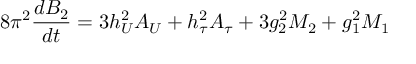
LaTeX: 8 \pi ^ { 2 } \frac { d B _ { 2 } } { d t } = 3 h _ { U } ^ { 2 } A _ { U } + h _ { \tau } ^ { 2 } A _ { \tau } + 3 g _ { 2 } ^ { 2 } M _ { 2 } + g _ { 1 } ^ { 2 } M _ { 1 }